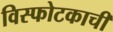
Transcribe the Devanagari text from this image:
विस्फोटकाची